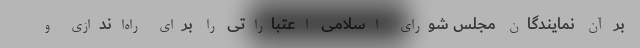
بر آن نمایندگان مجلس شورای اسلامی اعتباراتی را برای راه‌اندازی و